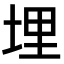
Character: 埋